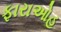
ફારાઓહ